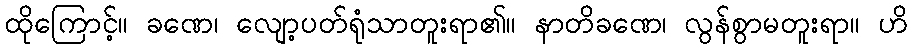
ထိုကြောင့်။ ခဏေ၊ လျော့ပတ်ရုံသာတူးရာ၏။ နာတိခဏေ၊ လွန်စွာမတူးရာ။ ဟိ